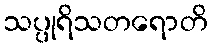
သပ္ပုရိသတရောတိ